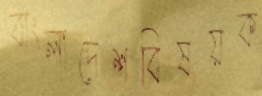
বাংলাদেশবিষয়ক